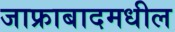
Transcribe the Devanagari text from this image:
जाफ्राबादमधील